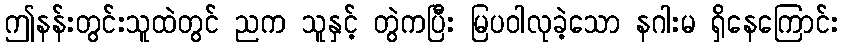
ဤနန်းတွင်းသူထဲတွင် ညက သူနှင့် တွဲကပြီး မြပဝါလုခဲ့သော နဂါးမ ရှိနေကြောင်း